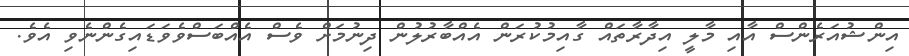
އިންޝުއަރެންސް އާއި މާލީ އިދާރާތައް ގާއިމުކުރަން އެއްބާރުލުން ދިނުމަށް ވެސް އެއްބަސްވެވަޑައިގެންނެވި އެވެ.